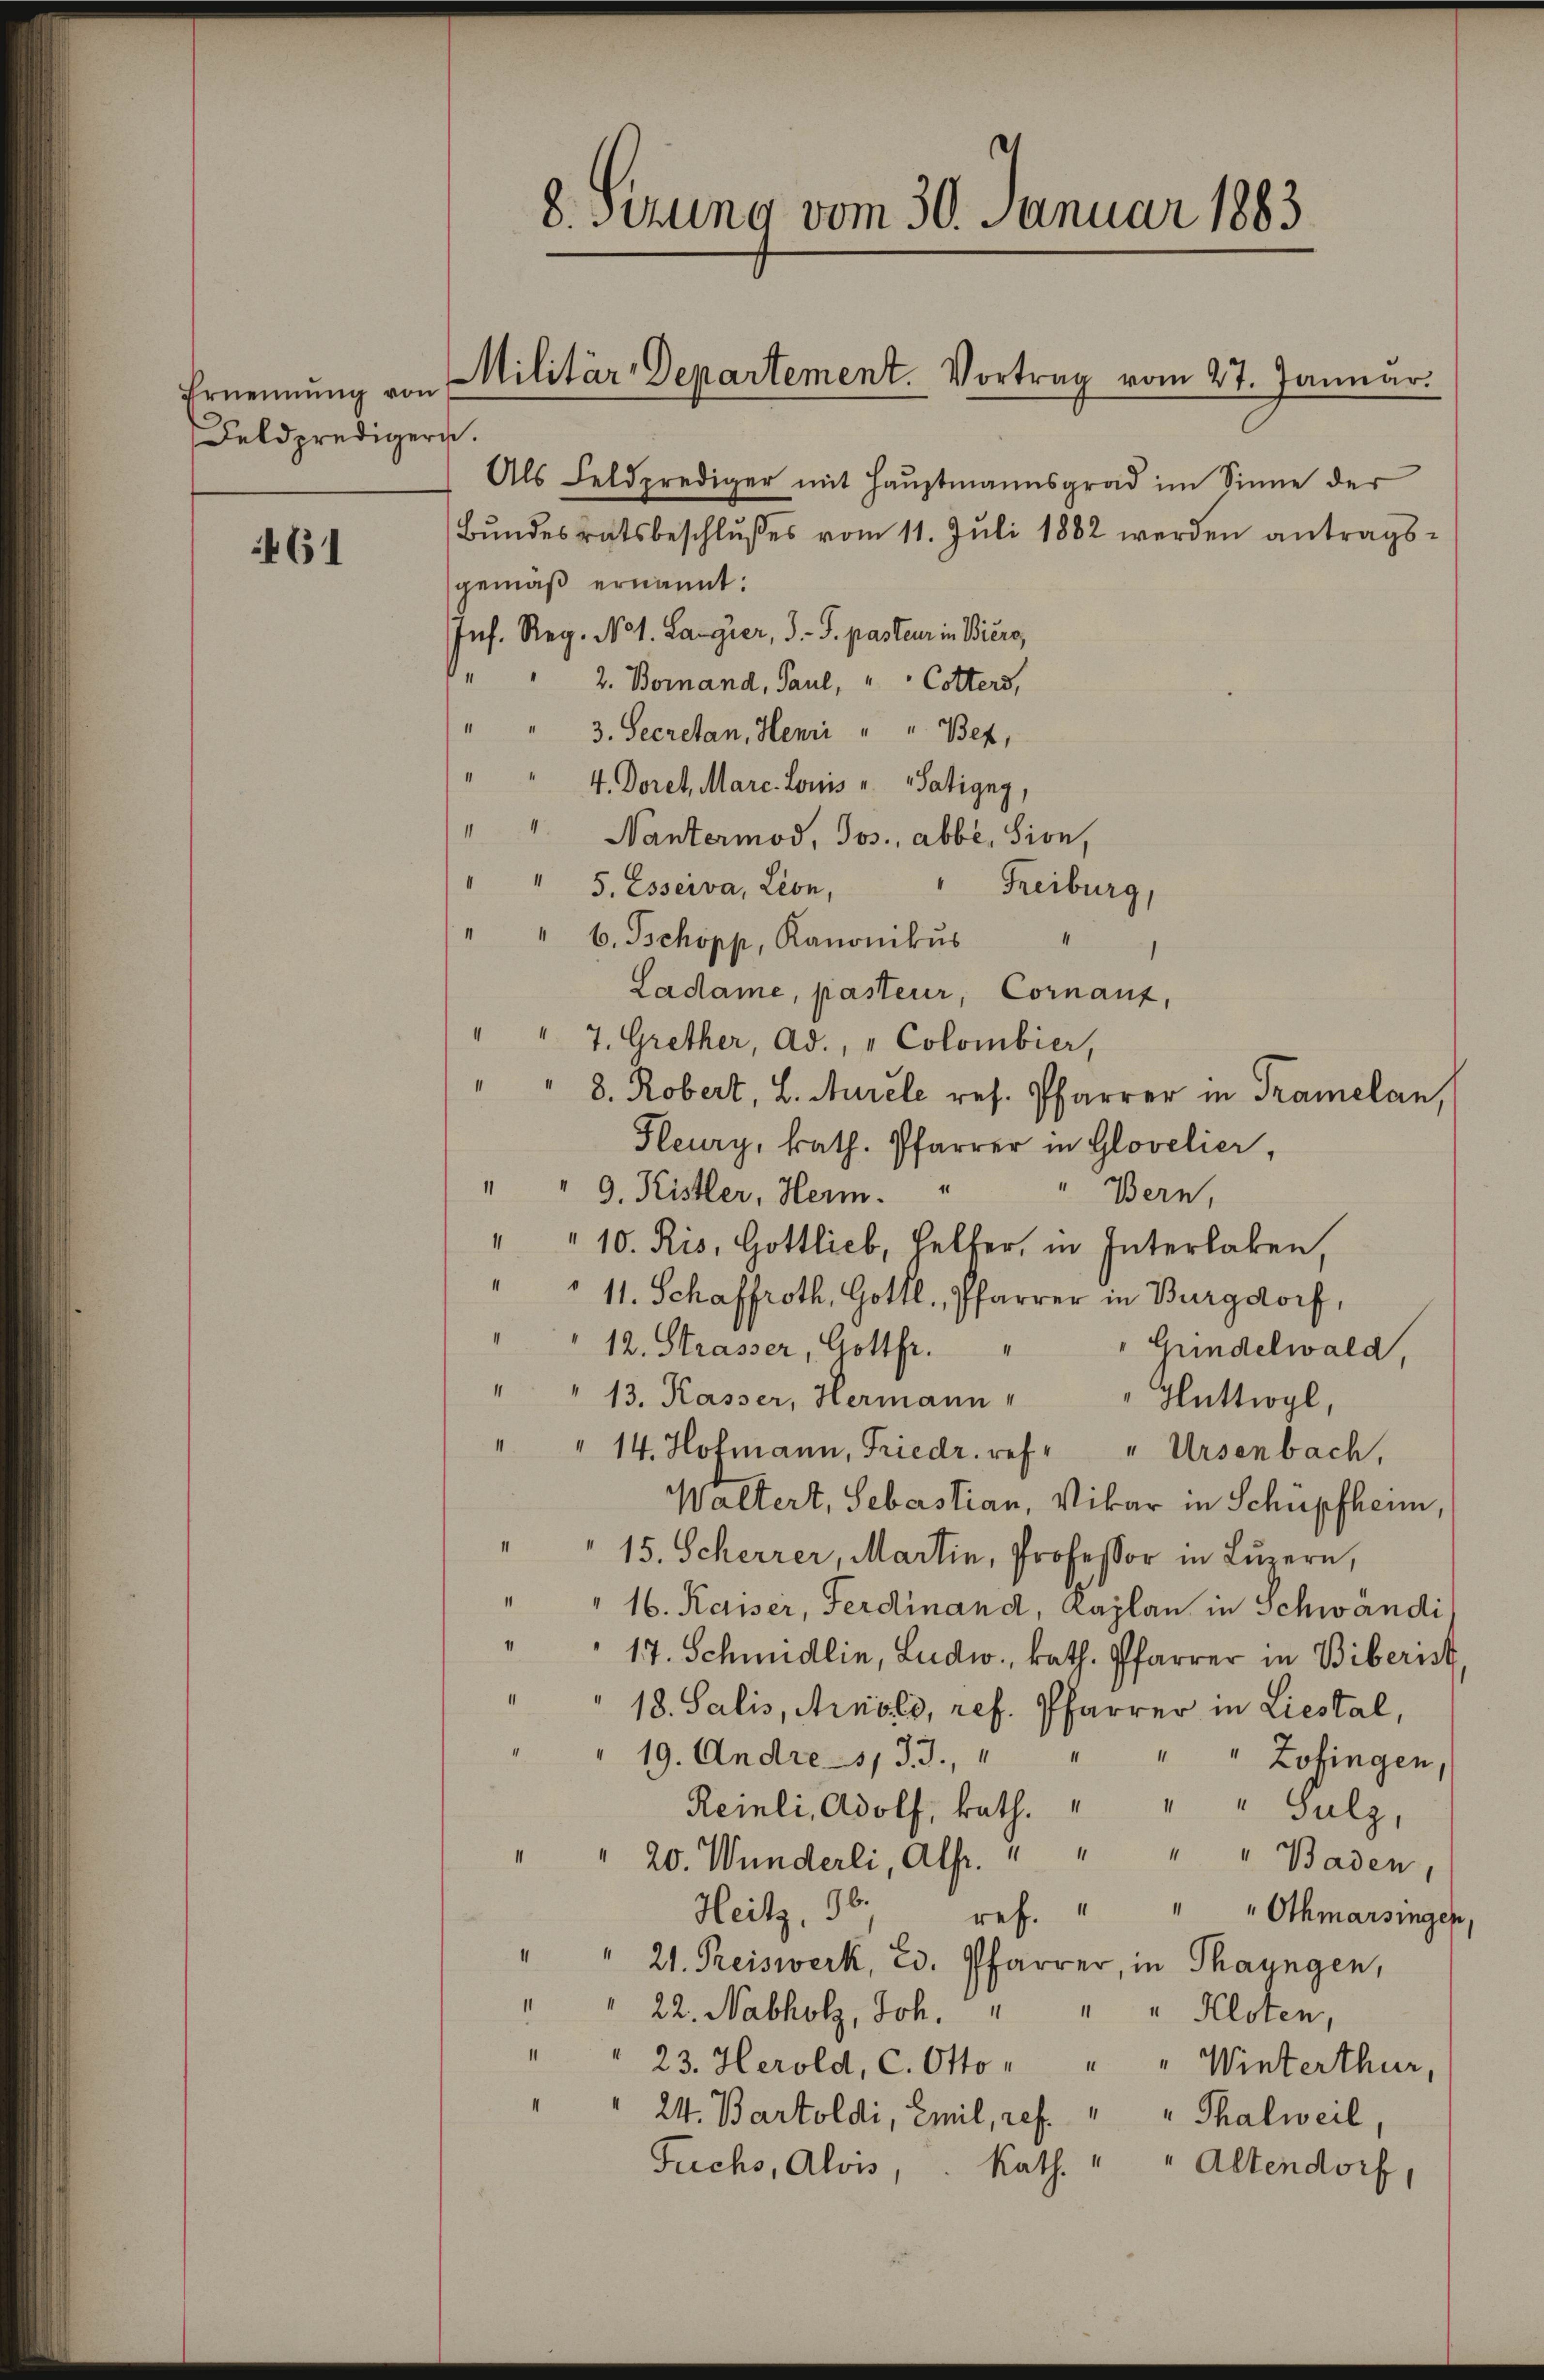
Ernennung von
Feldpredigern.

461

8. Sitzung vom 30. Januar 1883

Militär-Departement. Vortrag vom 27. Januar.

Als Feldprediger mit Hauptmannsgrad im Sinne der
Bŭndesratsbeschlŭsses vom 11. Jŭli 1882 werden antrags-
gemäß ernannt:
Inf. Reg. No 1. Langier, J.-V. pas teur in Biere,
.
2. Bornand, Paul, " " Cotters,
3. Secretan, Henri " " Bez
4. Doret, Marc. Louis u. Satigny,
"" Nantermod, Jos. abbe, Sion,
" 5. Esserva, Lion,
.
" 6. Schopp, Kanonikus
Ladame, pasteur, Cornanz,
" 7. Grether, Ad., „Colombier,
8. Robert, L. Aurele res. Pfarrer in Tramelan,
Feury, kath. Pfarrer in Glovelier,
9. Kistler, Herm. "
Bern,
" " 10. Ris, Gottlieb, Helfer, in Interlaken
" " 11. Schaffroth, Gottl, Pfarrer in Burgdorf,
“
12. Strasser, Gottfr.
Kindelwald,
" " 13. Kasser, Hermann " Gluttwyl,
" " 14. Hofmann, Friedr. ref. " Arsenbach,
Waltert, Sebastian, Vikar in Schüpfheim,
II
15. Scherrer, Martin, Professor in Luzern,
1
16. Kaiser, Ferdinand, Kaplan in Schwandi
17. Schmidlin, Ludw., kath. Pfarrer in Biberist
18. Salis, Arnold, ref. Pfarrer in Liestal,
19. Andre - 1133. "
"" Zofingen
Reinli, Adolf, kath. " " " Sulz,
20. Wunderli, Alfr. " " " " Baden,
Heitz. 90
""Othmarsingen,
ref.
" 21. Preiswerk, 23. Pfarrer, in Thaungen,
11
22. Nabholz, Joh.
" " Kloten,
23. Herold, C. Otto " " " Winterthur,
24. Bartoldi, Emil, ref. " " Thalweil,
Fuchs, Alois, Kath. " " Altendorf,

Freiburg,